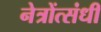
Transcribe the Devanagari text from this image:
नेत्रोंत्संधी